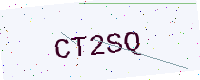
Text: CT2SQ